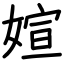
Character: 媗